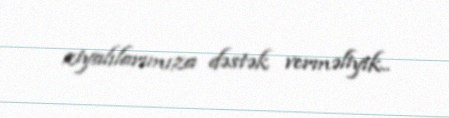
ziyalılarımıza dəstək verməliyik..